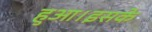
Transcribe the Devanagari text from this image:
हुआ।इसके